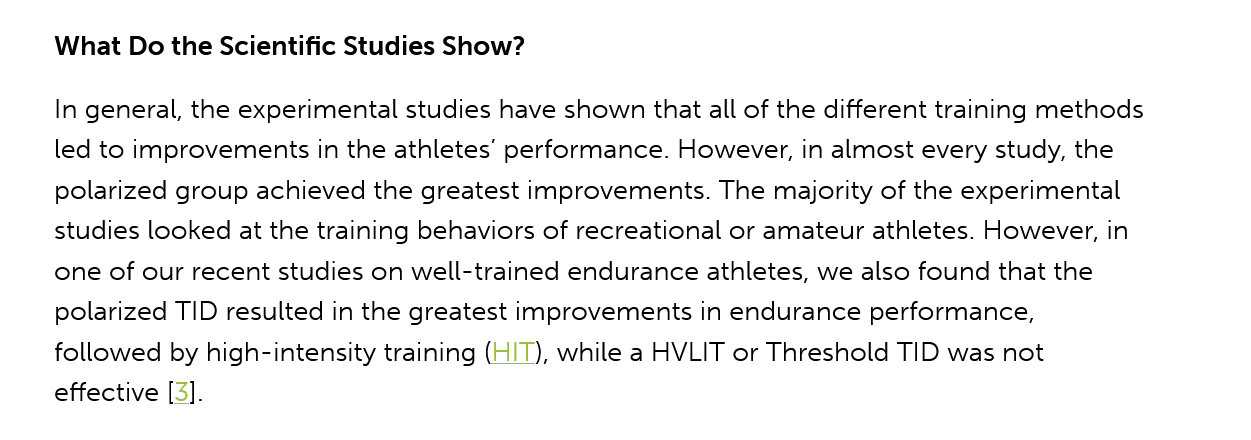
What Do the Scientific Studies Show?
     In general, the experimental studies have shown that all of the different training methods
     led to improvements in the athletes’ performance. However, in almost every study, the
     polarized group achieved the greatest improvements. The majority of the experimental
    studies looked at the training behaviors of recreational or amateur athletes. However, in
    one of our recent studies on well-trained endurance athletes, we also found that the
     polarized TID resulted in the greatest improvements in endurance performance,
    followed by high-intensity training (HIT), while a HVLIT or Threshold TID was not
    effective [3].